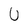
Character: U